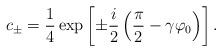
LaTeX: \begin{align*}c_{\pm} = \frac 14 \exp \left[ \pm \frac{i}{2} \left( \frac{\pi}{2} - \gamma \varphi_0 \right) \right].\end{align*}